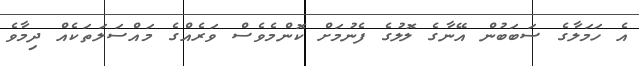
އެ ހަމަލާގެ ސަބަބުން އޭނާގެ ލޮލުގެ ފެނުމަށް ކޮންމެވެސް ވަރެއްގެ މައްސަލަތަކެއް ދިމާވެ